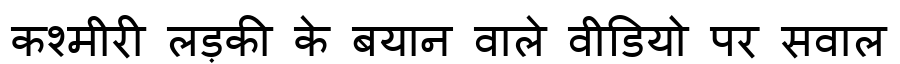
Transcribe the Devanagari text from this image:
कश्मीरी लड़की के बयान वाले वीडियो पर सवाल